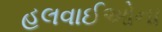
હલવાઈઓના